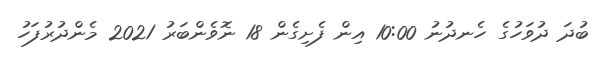
ބުދަ ދުވަހުގެ ހެނދުނު 10:00 އިން ފެށިގެން 18 ނޮވެންބަރު 2021 މެންދުރުފަހު